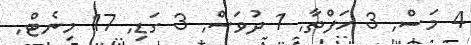
4 މަސް